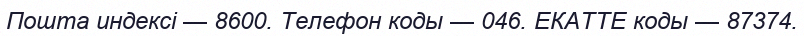
Пошта индексі — 8600. Телефон коды — 046. ЕКАТТЕ коды — 87374.